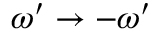
\omega ^ { \prime } \to - \omega ^ { \prime }